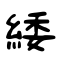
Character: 緌